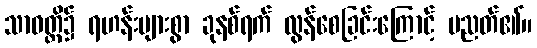
သာဝတ္ထိ၌ ရဟန်းများစွာ ခုနစ်ရက် လွန်စေခြင်းကြောင့် ပညတ်၏။